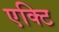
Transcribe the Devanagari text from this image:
एक्टि